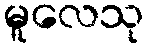
မူလေသု